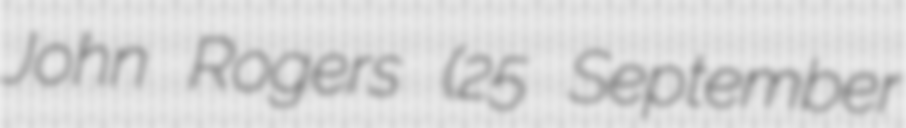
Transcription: John Rogers (25 September